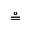
\circeq